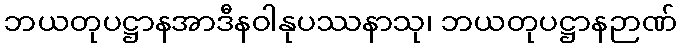
ဘယတုပဋ္ဌာနအာဒီနဝါနုပဿနာသု၊ ဘယတုပဋ္ဌာနဉာဏ်